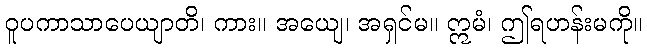
ဝူပကာသာပေယျာတိ၊ ကား။ အယျေ၊ အရှင်မ။ ဣမံ၊ ဤရဟန်းမကို။